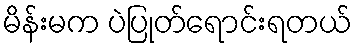
မိန်းမက ပဲပြုတ်ရောင်းရတယ်